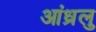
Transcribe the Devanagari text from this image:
आंध्रलु